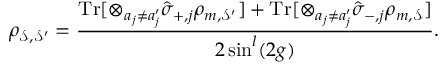
\rho _ { \mathcal { S } , \mathcal { S } ^ { \prime } } = \frac { \mathrm { T r } [ \otimes _ { a _ { j } \neq a _ { j } ^ { \prime } } \hat { \sigma } _ { + , j } \rho _ { m , \mathcal { S } ^ { \prime } } ] + \mathrm { T r } [ \otimes _ { a _ { j } \neq a _ { j } ^ { \prime } } \hat { \sigma } _ { - , j } \rho _ { m , \mathcal { S } } ] } { 2 \sin ^ { l } ( 2 g ) } .